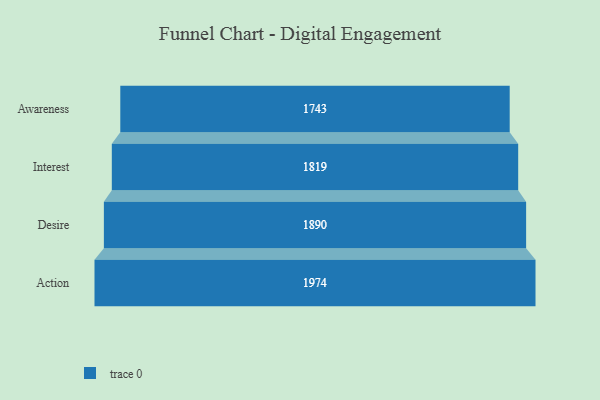
{"axis": {"x": "Stage", "y": "Value"}, "legend": [""], "data": [{"x": "Awareness", "y": 1743.0, "type": ""}, {"x": "Interest", "y": 1819.0, "type": ""}, {"x": "Desire", "y": 1890.0, "type": ""}, {"x": "Action", "y": 1974.0, "type": ""}]}